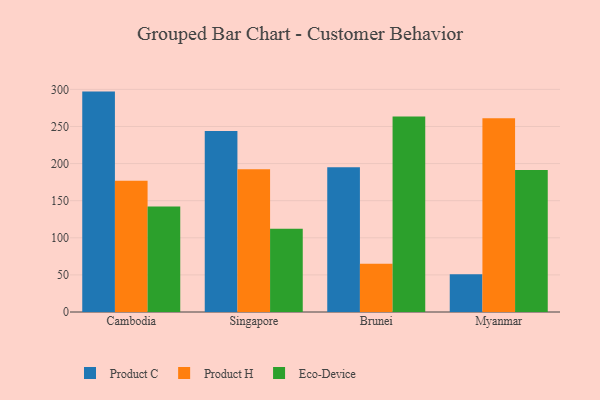
{"axis": {"x": "Country", "y": "Shipments"}, "legend": ["Eco-Device", "Product C", "Product H"], "data": [{"x": "Cambodia", "y": 297.0, "type": "Product C"}, {"x": "Cambodia", "y": 176.9, "type": "Product H"}, {"x": "Cambodia", "y": 142.1, "type": "Eco-Device"}, {"x": "Singapore", "y": 244.0, "type": "Product C"}, {"x": "Singapore", "y": 192.5, "type": "Product H"}, {"x": "Singapore", "y": 112.2, "type": "Eco-Device"}, {"x": "Brunei", "y": 194.9, "type": "Product C"}, {"x": "Brunei", "y": 65.1, "type": "Product H"}, {"x": "Brunei", "y": 263.5, "type": "Eco-Device"}, {"x": "Myanmar", "y": 51.0, "type": "Product C"}, {"x": "Myanmar", "y": 261.0, "type": "Product H"}, {"x": "Myanmar", "y": 191.3, "type": "Eco-Device"}]}